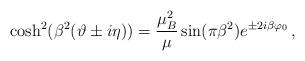
LaTeX: \begin{align*}\cosh^{2}(\beta^{2}(\vartheta\pm i\eta))=\frac{\mu^{2}_{B}}{\mu}\sin (\pi\beta^{2})e^{\pm 2i\beta \varphi_{0}}\,,\end{align*}